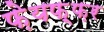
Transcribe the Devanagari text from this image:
फ़ेयफ़्फ़र